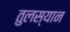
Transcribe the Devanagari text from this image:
तुलस्यान